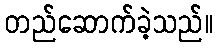
တည်ဆောက်ခဲ့သည်။